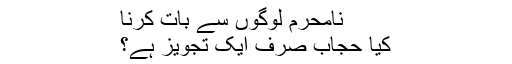
نامحرم لوگوں سے بات کرنا
کیا حجاب صرف ایک تجویز ہے؟